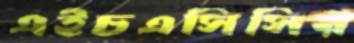
এইচএসিসির